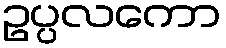
ဥပ္ပလကော